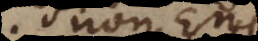
non Ente